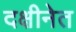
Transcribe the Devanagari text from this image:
दक्षीनेत